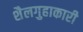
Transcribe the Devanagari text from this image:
शैलगुहाकारी